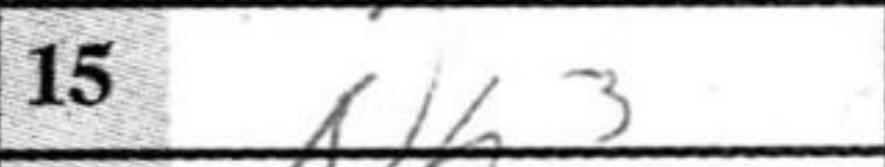
Transcription: Nh3